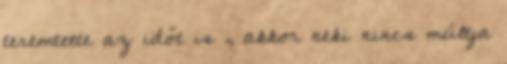
teremtette az időt is , akkor neki nincs múltja